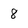
Character: 8